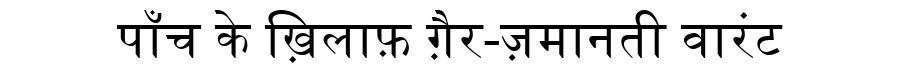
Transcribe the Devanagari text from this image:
पाँच के ख़िलाफ़ ग़ैर-ज़मानती वारंट